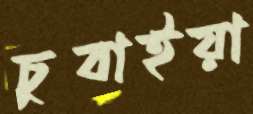
চুবাইয়া